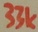
Text: 33k